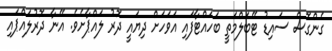
ގެންގޮސް ސައިޑު ޓޭބަލްމަތީ ބަހައްޓާފައި އަވަހަށް ދިޔައީ ދޮރު ލައްޕާށެވެ. އޭނާ ދޮރުލައްޕައި